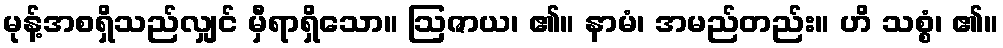
မုန့်အစရှိသည်လျှင် မှီရာရှိသော။ ဩဇာယ၊ ၏။ နာမံ၊ အမည်တည်း။ ဟိ သစ္စံ၊ ၏။